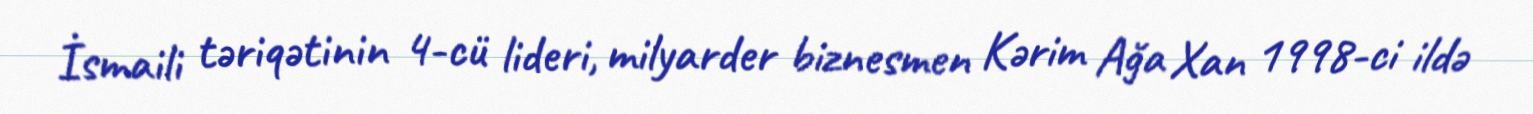
İsmaili təriqətinin 4-cü lideri, milyarder biznesmen Kərim Ağa Xan 1998-ci ildə